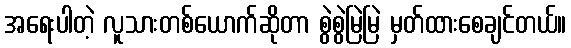
အရေးပါတဲ့ လူသားတစ်ယောက်ဆိုတာ စွဲစွဲမြဲမြဲ မှတ်ထားစေချင်တယ်။